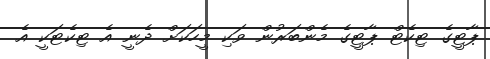
ޕާޓީގެ ޓިކެޓް ޕާޓީގެ މެންބަރުން ވަކި މީހަކަށް ދެނީ އެ ޓިކެޓަކީ އެ